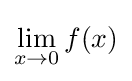
\lim _{x\to 0}f(x)